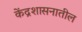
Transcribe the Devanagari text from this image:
केंद्रशासनातील